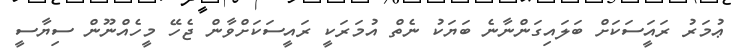
ޢުމަރު ރައީަސަކަށް ބަލައިގަންނާނެ ބަޔަކު ނެތް އުމަރަކީ ރައީސަކަށްވާން ޖެހޭ މީހެއްނޫން ސިޔާސީ